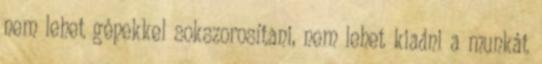
nem lehet gépekkel sokszorosítani, nem lehet kiadni a munkát